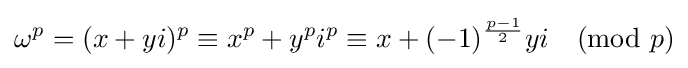
\omega ^{p}=(x+yi)^{p}\equiv x^{p}+y^{p}i^{p}\equiv x+(-1)^{\frac {p-1}{2}}yi{\pmod {p}}